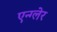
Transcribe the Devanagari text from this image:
एन्ग्लेर